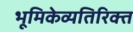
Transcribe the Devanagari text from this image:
भूमिकेव्यतिरिक्त